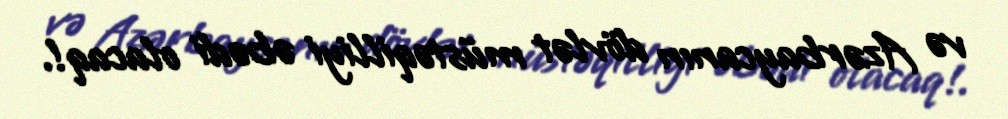
və Azərbaycanın dövlət müstəqilliyi əbədi olacaq!.